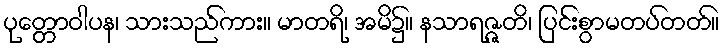
ပုတ္တောဝါပန၊ သားသည်ကား။ မာတရိ၊ အမိ၌။ နသာရဇ္ဇတိ၊ ပြင်းစွာမတပ်တတ်။